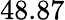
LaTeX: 48.87